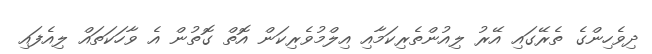
ދިވެހިންގެ ތެރޭގައި އޭރު ލިއުންތެރިކަމާއި އިލްމުވެރިކަން އޮތް ގޮތުން އެ ވާހަކަތައް ލިއެފައި